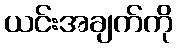
ယင်းအချက်ကို